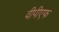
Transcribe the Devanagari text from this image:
वीपीएफ